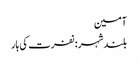
آمین
بلندشہر: نفرت کی ہار